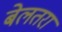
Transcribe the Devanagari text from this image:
बेलतरा